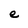
Character: e